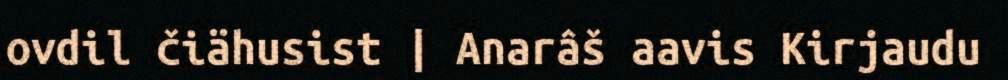
ovdil čiähusist | Anarâš aavis Kirjaudu